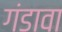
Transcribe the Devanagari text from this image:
गंडावा